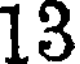
13